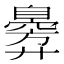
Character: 𫸣